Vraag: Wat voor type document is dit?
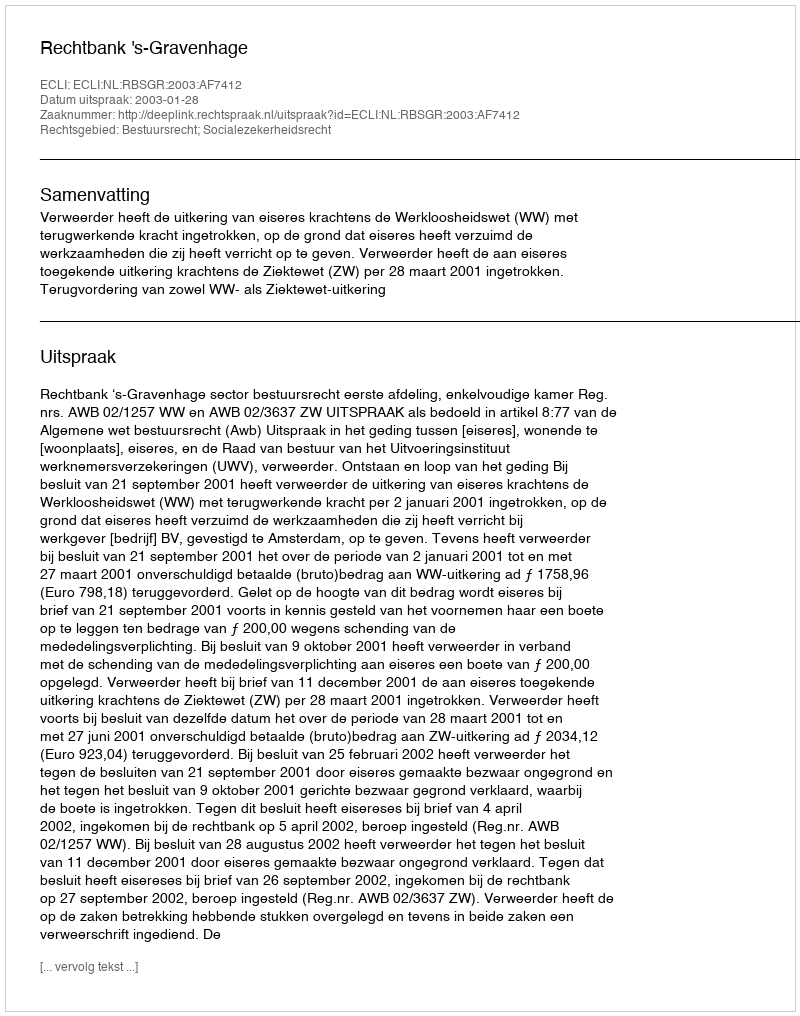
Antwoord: Uitspraak